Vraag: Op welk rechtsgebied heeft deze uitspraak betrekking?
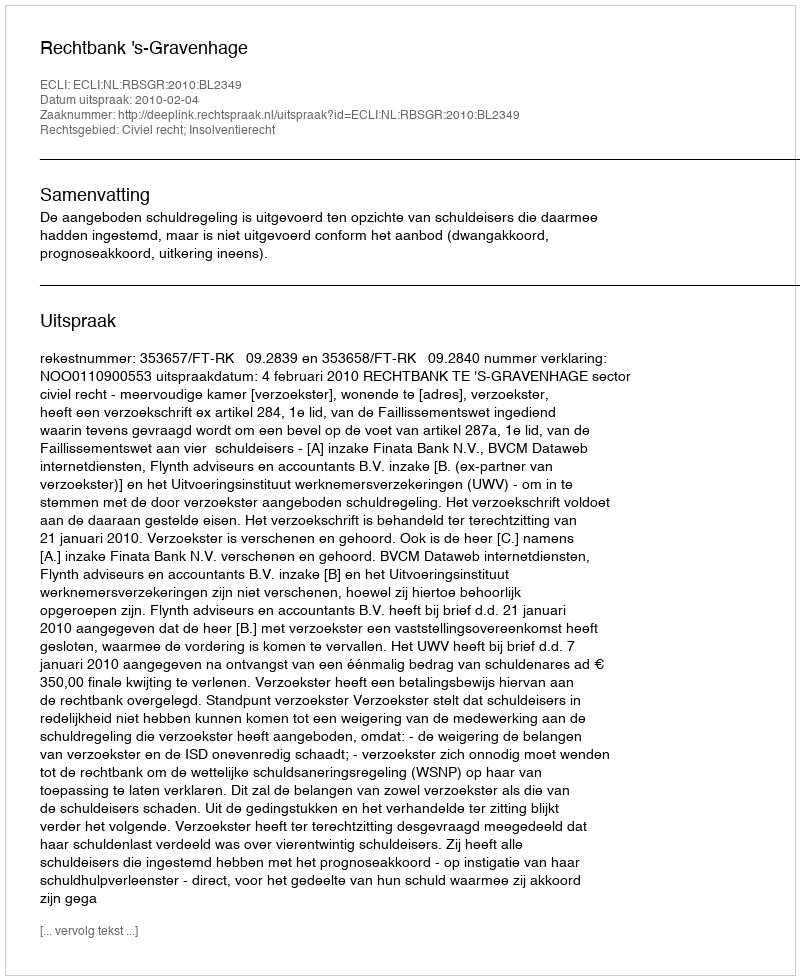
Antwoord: Civiel recht; Insolventierecht